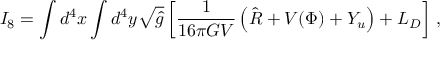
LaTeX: I _ { 8 } = \int d ^ { 4 } x \int d ^ { 4 } y \sqrt { \hat { g } } \left[ { \frac { 1 } { 1 6 \pi G V } } \left( \hat { R } + V ( \Phi ) + Y _ { u } \right) + { \cal L } _ { D } \right] \, ,